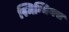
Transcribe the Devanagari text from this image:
स्मिन्थियस